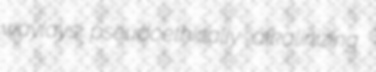
waylays pseudoethically alkalinizing